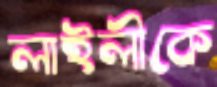
লাইলীকে